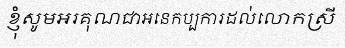
ខ្ញុំសូមអរគុណជាអនេកប្បការដល់លោកស្រី